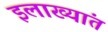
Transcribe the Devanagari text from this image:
इलाख्यांत